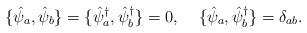
LaTeX: \begin{align*}\{\hat{\psi}_a,\hat{\psi}_b\} =\{\hat{\psi}^{\dagger}_a,\hat{\psi}^{\dagger}_b\} =0, \;\;\;\;\{\hat{\psi}_a,\hat{\psi}^{\dagger}_b\} =\delta_{ab}.\end{align*}